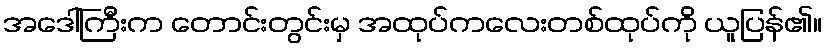
အဒေါ်ကြီးက တောင်းတွင်းမှ အထုပ်ကလေးတစ်ထုပ်ကို ယူပြန်၏။